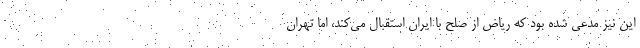
این نیز مدعی شده بود که ریاض از صلح با ایران استقبال می‌کند، اما تهران